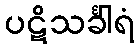
ပဋိသင်္ခါရံ